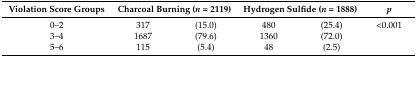
<table><thead><tr><td><b>Violation Score Groups</b></td><td colspan="2"><b>Charcoal Burning (<i>n</i> = 2119)</b></td><td colspan="2"><b>Hydrogen Sulfide (<i>n</i> = 1888)</b></td><td><b><i>p</i></b></td></tr></thead><tbody><tr><td>0–2</td><td>317 </td><td>(15.0)</td><td>480 </td><td>(25.4)</td><td>&lt;0.001</td></tr><tr><td>3–4</td><td>1687 </td><td>(79.6)</td><td>1360 </td><td>(72.0)</td><td></td></tr><tr><td>5–6</td><td>115 </td><td>(5.4)</td><td>48 </td><td>(2.5)</td><td></td></tr></tbody></table>